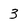
Character: 3